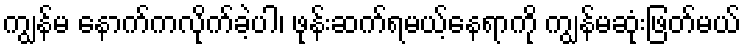
ကျွန်မ နောက်ကလိုက်ခဲ့ပါ၊ ဖုန်းဆက်ရမယ့်နေရာကို ကျွန်မဆုံးဖြတ်မယ်